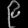
Digit: ၉